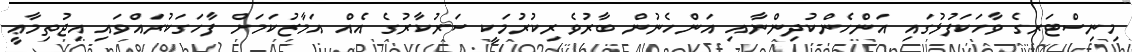
މިނިސްޓަރގެ ވާހަކަފުޅުގައި އަންހެންކުދިންނާއި އަންހެނުން ބާރުވެރިކުރުމަކީ ސަރުކާރުގެ އެއް އަމާޒުކަމަށް ފާހަގަކުރައްވައި އިޖުތިމާޢީ